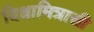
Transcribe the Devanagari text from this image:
विश्वामित्रासी